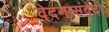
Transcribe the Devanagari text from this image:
वेदनासंवेदी